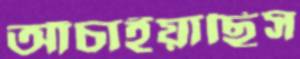
আঁচাইয়াছিস